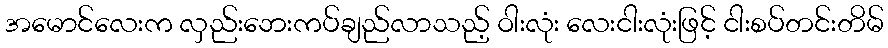
အမောင်လေးက လှည်းဘေးကပ်ချည်လာသည့် ဝါးလုံး လေးငါးလုံးဖြင့် ငါးစပ်တင်းတိမ်